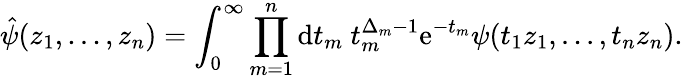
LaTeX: \hat{\psi}(z_{1},...,z_{n})=\int_{0}^{\infty}\prod_{m=1}^{n}\mathrm{d}t_{m}\ t_{m}^{\Delta_{m}-1}\mathrm{e}^{-t_{m}}\psi(t_{1}z_{1},...,t_{n}z_{n}).